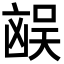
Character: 𪞻